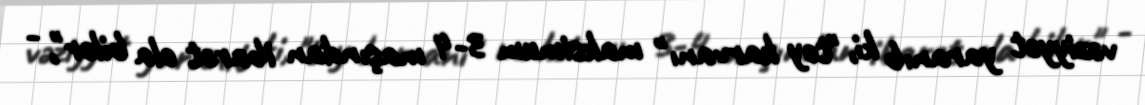
vəziyyət yaranıb ki, "toy karvanı" maksimum 3-4 maşından ibarət ola bilər", -